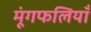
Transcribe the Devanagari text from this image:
मूंगफलियाँ